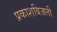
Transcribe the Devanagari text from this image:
प्रकाशबिजली